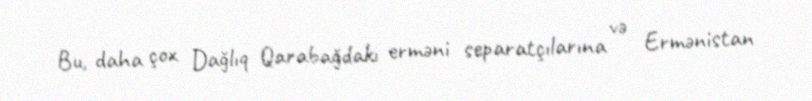
Bu, daha çox Dağlıq Qarabağdakı erməni separatçılarına və Ermənistan